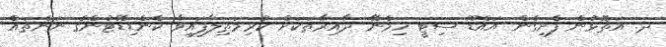
ދ. އަތޮޅުން ފެށިގެން އައްޑޫ ސިޓީ ހިމެނޭ ދާއިރާތަކަށް ކުރިމަތިލާފައިވާ ކެންޑިޑޭޓުންގެ ނަންތައް